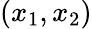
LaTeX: \left(x_{1},x_{2}\right)